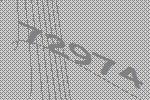
72974